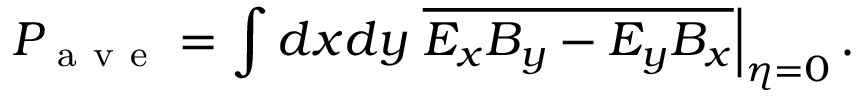
P _ { \mathrm { ~ a ~ v ~ e ~ } } = \int d x d y \left. \overline { { E _ { x } B _ { y } - E _ { y } B _ { x } } } \right| _ { \eta = 0 } .